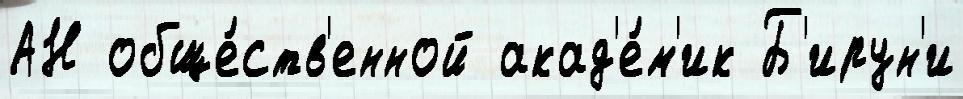
АН обще́ств'енной акад'е́м'ик Б'ирун'и